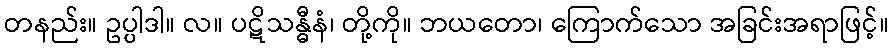
တနည်း။ ဥပ္ပါဒါ။ လ။ ပဋိသန္ဓီနံ၊ တို့ကို။ ဘယတော၊ ကြောက်သော အခြင်းအရာဖြင့်။